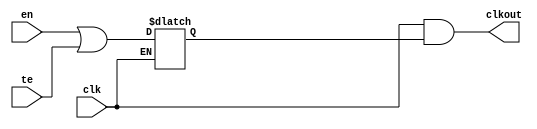
// This program was cloned from: https://github.com/intel/aib-phy-hardware
// License: Apache License 2.0

// SPDX-License-Identifier: Apache-2.0
// Copyright (C) 2019 Intel Corporation. All rights reserved
module hdpldadapt_cmn_clkgate
(
	input	wire		clk,
	input	wire		en,
	input	wire		te,
	output	wire		clkout
);

	wire	clk_n;
	wire	clken;
	reg	latch_clken;

	assign clk_n = ~clk;
	assign clken = en || te;

        always @(clk_n or clken)
        begin
		if (clk_n)
                begin
                        latch_clken <= clken;
                end
        end

	assign clkout = clk & latch_clken;

endmodule // hdpldadapt_cmn_clkgate